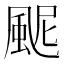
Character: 𩖹